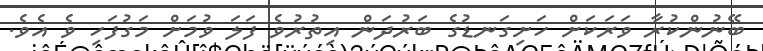
ބޭނުންކުރާ ވަރަކަށް ހަށިގަނޑުގެ ބަރުދަން އިތުރުވެ ފަލަ ވުމަށް މަގުފަހި ވެ އެވެ.